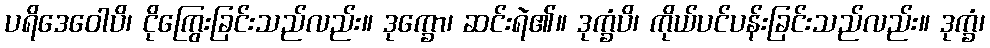
ပရိဒေဝေါပိ၊ ငိုကြွေးခြင်းသည်လည်း။ ဒုက္ခော၊ ဆင်းရဲ၏။ ဒုက္ခံပိ၊ ကိုယ်ပင်ပန်းခြင်းသည်လည်း။ ဒုက္ခံ၊